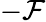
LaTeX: -\mathcal{F}